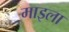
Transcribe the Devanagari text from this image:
माइला